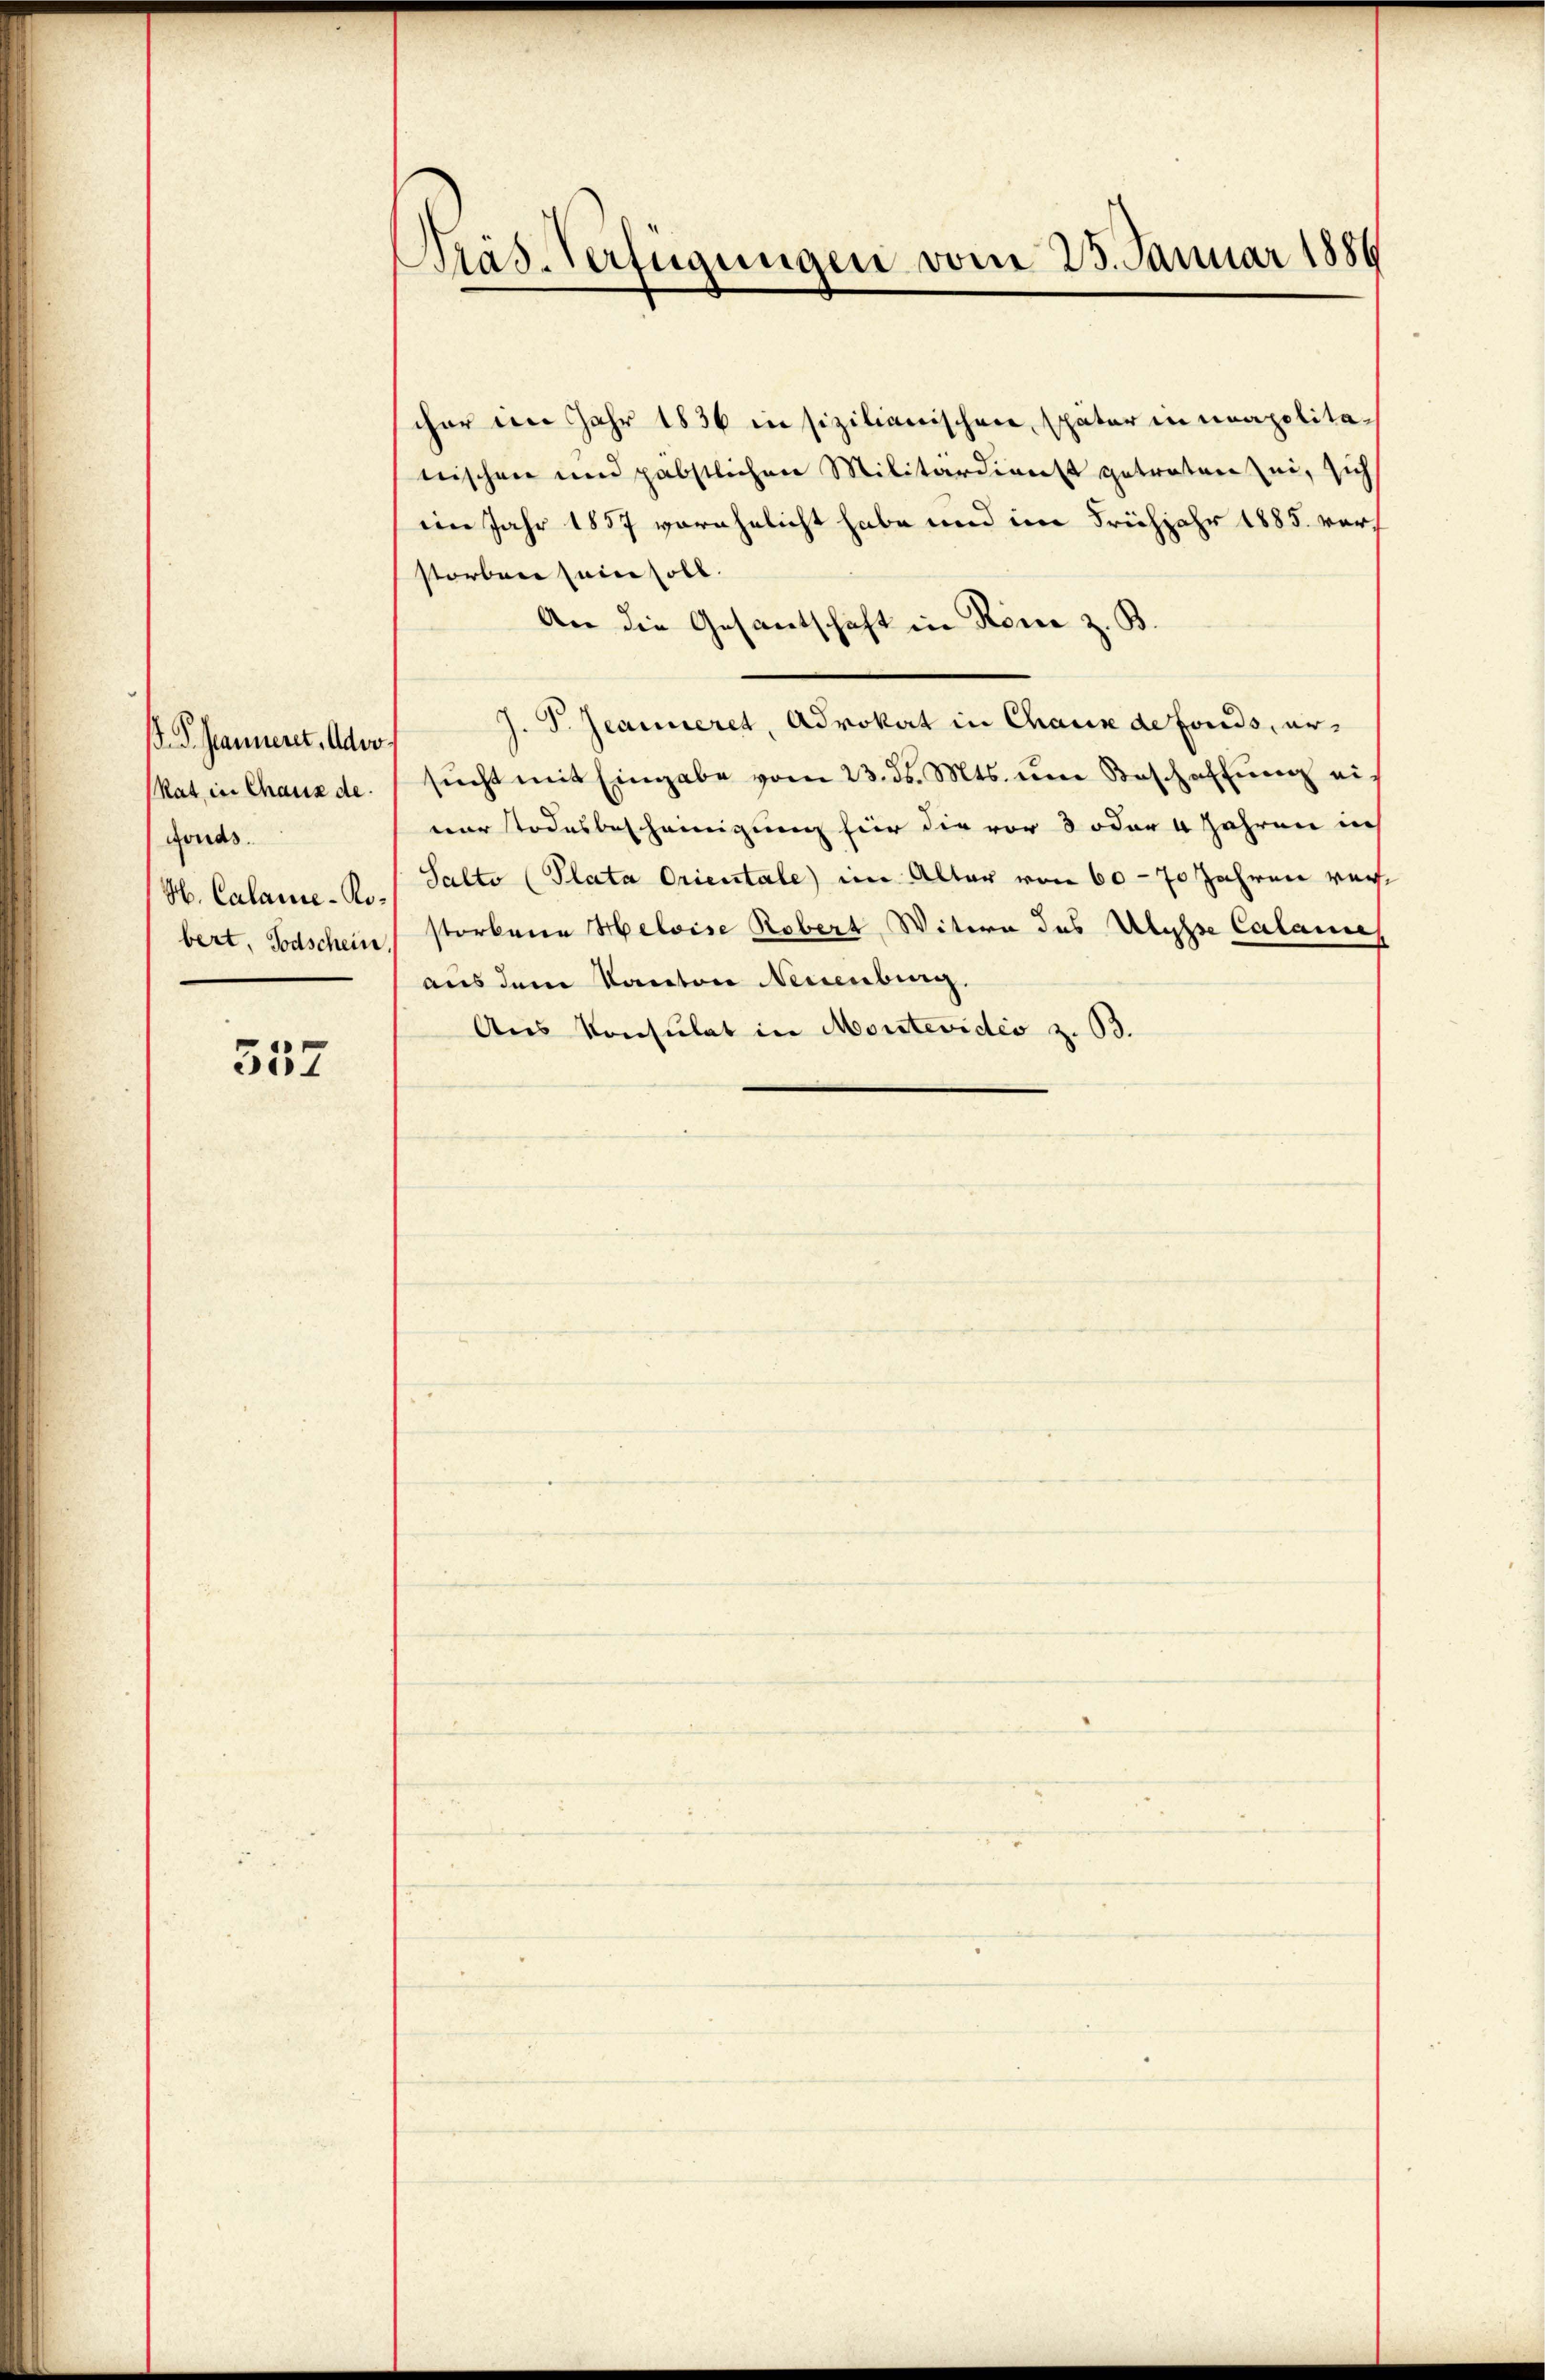
B. P. Manneret. Ador,
Rat in Chaus de
fonds.
H. Calame-Kobert, Todschein

357

Pras-Verfügungen vom 23. Januar 1886

scher im Jahr 1836 in sizilianischen, später in unapolitanischen und gabstlichen Militärdienst getreten sei, sich
im Jahr 1857 vorehelicht habe und im Frühjahr 1885 vorstorben sein soll.
An die Gesantschaft in Röme z. B
J. P. Jeanneret, Advokat in Chaux de fonds, ersŭcht mit Eingabe vom 23. ds. Mts. um Beschaffŭng ein
ner Todesbescheinigung für die vor 3 oder 4 Jahren in
Salto (Plata Orientale) im Alter von 60 - 70 Jahren vorstorbene Helvise Robert Witwe des Ulysse Calamen
aus dem Kanton Neuenburg.
Aus Konsulat in Montevidio z. B.